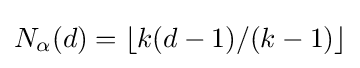
N_{\alpha }(d)=\lfloor k(d-1)/(k-1)\rfloor